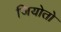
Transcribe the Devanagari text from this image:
जियोतो